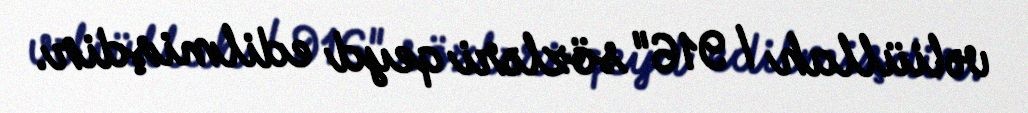
vəliüllah / 916" sözləri qeyd edilmişdir.